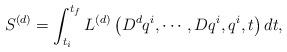
LaTeX: \begin{align*}S^{(d)}=\int^{t_{f}}_{t_{i}}L^{(d)}\left(D^{d}{q^{i}},\cdots,Dq^{i},q^{i},t\right)dt,\end{align*}